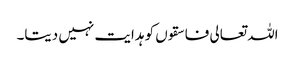
اللہ تعالی فاسقوں کو ہدایت نہیں دیتا۔